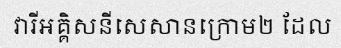
វារីអគ្គិសនីសេសានក្រោម២ ដែល